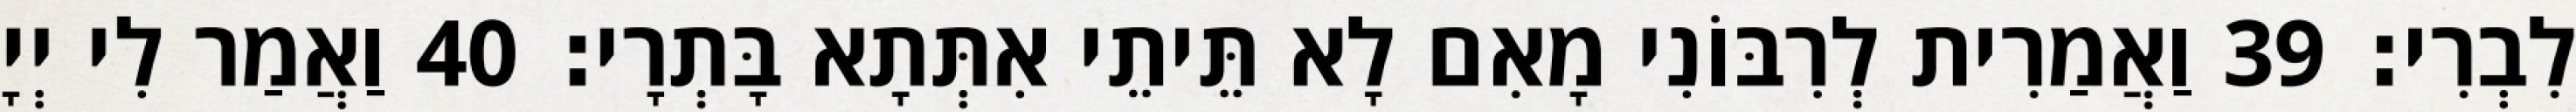
לִבְרִי׃ 39 וַאֲמַרִית לְרִבּוֹנִי מָאִם לָא תֵּיתֵי אִתְּתָא בָּתְרָי׃ 40 וַאֲמַר לִי יְיָ